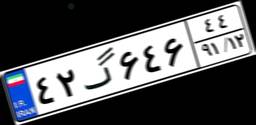
۵۸گ۹۲۱۹۴